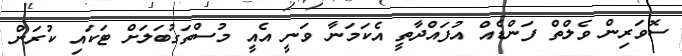
ސޮވަރިން ވެލްތް ފަންޑެއް އުފައްދާތީ އެކަމަނާ ވަނީ އެއީ މުސްތަގުބަލަށް ޓަކައި ކުރަން